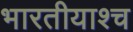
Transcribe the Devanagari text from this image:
भारतीयाश्च